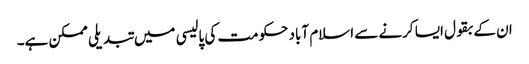
ان کے بقول ایسا کرنے سے اسلام آباد حکومت کی پالیسی میں تبدیلی ممکن ہے۔